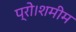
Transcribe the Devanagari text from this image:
प्रो।शमीम